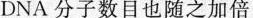
DNA分子数目也随之加倍